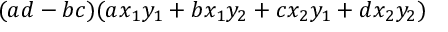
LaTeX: ( a d - b c ) ( a x _ { 1 } y _ { 1 } + b x _ { 1 } y _ { 2 } + c x _ { 2 } y _ { 1 } + d x _ { 2 } y _ { 2 } )